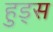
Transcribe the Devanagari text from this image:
हुड्स